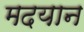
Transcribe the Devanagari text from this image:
मदयान